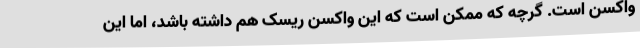
واکسن است. گرچه که ممکن است که این واکسن ریسک هم داشته باشد، اما این